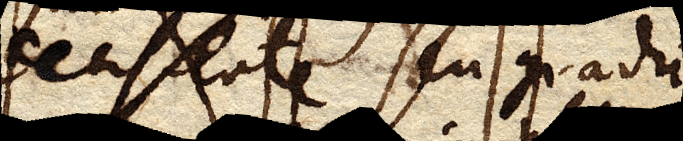
densitate seu gradu